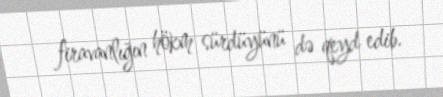
firavanlığın hökm sürdüyünü də qeyd edib.